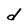
Character: d